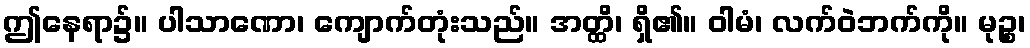
ဤနေရာ၌။ ပါသာဏော၊ ကျောက်တုံးသည်။ အတ္ထိ၊ ရှိ၏။ ဝါမံ၊ လက်ဝဲဘက်ကို။ မုဉ္စ၊